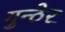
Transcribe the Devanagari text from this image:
गुन्ठेर